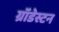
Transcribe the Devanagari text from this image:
ग्रॉंडेस्टन